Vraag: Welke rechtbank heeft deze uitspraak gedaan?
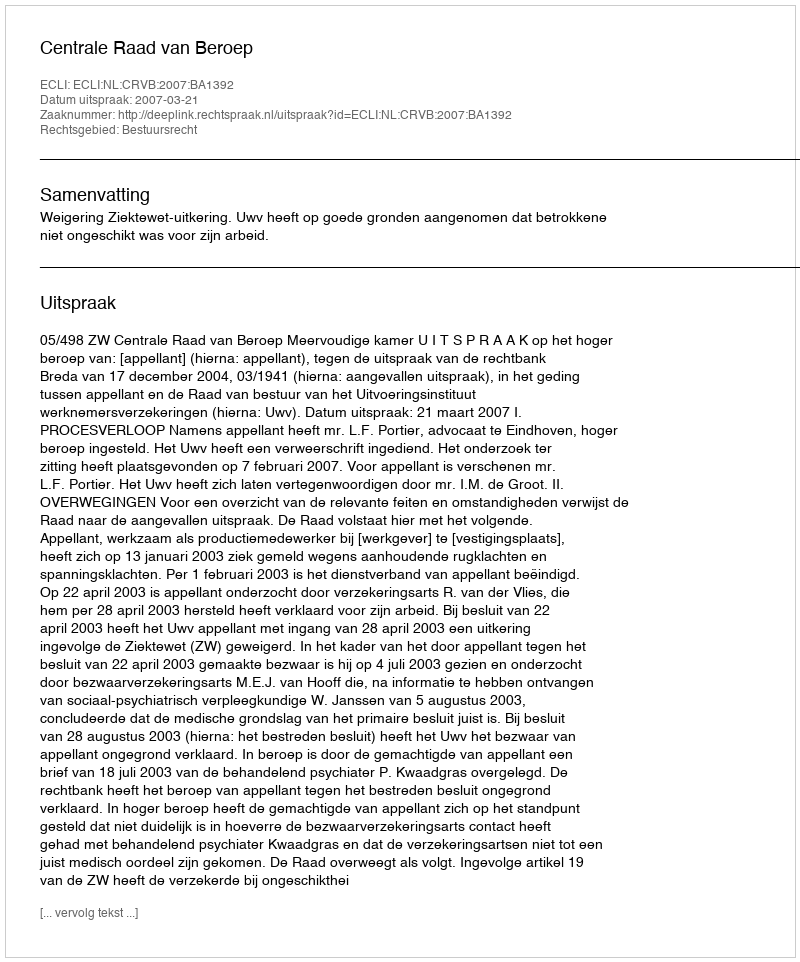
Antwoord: Centrale Raad van Beroep